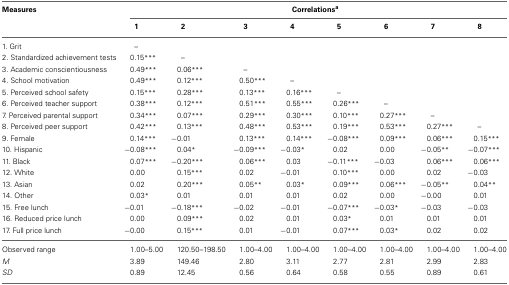
<table><thead><tr><td><b>Measures</b></td><td colspan="8"><b>Correlations<sup>a</sup></b></td></tr><tr><td></td><td><b>1</b></td><td><b>2</b></td><td><b>3</b></td><td><b>4</b></td><td><b>5</b></td><td><b>6</b></td><td><b>7</b></td><td><b>8</b></td></tr></thead><tbody><tr><td>1. Grit</td><td>–</td><td></td><td></td><td></td><td></td><td></td><td></td><td></td></tr><tr><td>2. Standardized achievement tests</td><td>0.15<sup>***</sup></td><td>–</td><td></td><td></td><td></td><td></td><td></td><td></td></tr><tr><td>3. Academic conscientiousness</td><td>0.49<sup>***</sup></td><td>0.06<sup>***</sup></td><td>–</td><td></td><td></td><td></td><td></td><td></td></tr><tr><td>4. School motivation</td><td>0.49<sup>***</sup></td><td>0.12<sup>***</sup></td><td>0.50<sup>***</sup></td><td>–</td><td></td><td></td><td></td><td></td></tr><tr><td>5. Perceived school safety</td><td>0.15<sup>***</sup></td><td>0.28<sup>***</sup></td><td>0.13<sup>***</sup></td><td>0.16<sup>***</sup></td><td>–</td><td></td><td></td><td></td></tr><tr><td>6. Perceived teacher support</td><td>0.38<sup>***</sup></td><td>0.12<sup>***</sup></td><td>0.51<sup>***</sup></td><td>0.55<sup>***</sup></td><td>0.26<sup>***</sup></td><td>–</td><td></td><td></td></tr><tr><td>7. Perceived parental support</td><td>0.34<sup>***</sup></td><td>0.07<sup>***</sup></td><td>0.29<sup>***</sup></td><td>0.30<sup>***</sup></td><td>0.10<sup>***</sup></td><td>0.27<sup>***</sup></td><td>–</td><td></td></tr><tr><td>8. Perceived peer support</td><td>0.42<sup>***</sup></td><td>0.13<sup>***</sup></td><td>0.48<sup>***</sup></td><td>0.53<sup>***</sup></td><td>0.19<sup>***</sup></td><td>0.53<sup>***</sup></td><td>0.27<sup>***</sup></td><td>–</td></tr><tr><td>9. Female</td><td>0.14<sup>***</sup></td><td>−0.01</td><td>0.13<sup>***</sup></td><td>0.14<sup>***</sup></td><td>−0.08<sup>***</sup></td><td>0.09<sup>***</sup></td><td>0.06<sup>***</sup></td><td>0.15<sup>***</sup></td></tr><tr><td>10. Hispanic</td><td>−0.08<sup>***</sup></td><td>0.04<sup>*</sup></td><td>−0.09<sup>***</sup></td><td>−0.03<sup>*</sup></td><td>0.02</td><td>0.00</td><td>−0.05<sup>**</sup></td><td>−0.07<sup>***</sup></td></tr><tr><td>11. Black</td><td>0.07<sup>***</sup></td><td>−0.20<sup>***</sup></td><td>0.06<sup>***</sup></td><td>0.03</td><td>−0.11<sup>***</sup></td><td>−0.03</td><td>0.06<sup>***</sup></td><td>0.06<sup>***</sup></td></tr><tr><td>12. White</td><td>0.00</td><td>0.15<sup>***</sup></td><td>0.02</td><td>−0.01</td><td>0.10<sup>***</sup></td><td>0.00</td><td>0.02</td><td>−0.03</td></tr><tr><td>13. Asian</td><td>0.02</td><td>0.20<sup>***</sup></td><td>0.05<sup>**</sup></td><td>0.03<sup>*</sup></td><td>0.09<sup>***</sup></td><td>0.06<sup>***</sup></td><td>−0.05<sup>**</sup></td><td>0.04<sup>**</sup></td></tr><tr><td>14. Other</td><td>0.03<sup>*</sup></td><td>0.01</td><td>0.01</td><td>0.01</td><td>0.02</td><td>0.00</td><td>−0.00</td><td>0.01</td></tr><tr><td>15. Free lunch</td><td>−0.01</td><td>−0.18<sup>***</sup></td><td>−0.02</td><td>−0.01</td><td>−0.07<sup>***</sup></td><td>−0.03<sup>*</sup></td><td>−0.03</td><td>−0.03</td></tr><tr><td>16. Reduced price lunch</td><td>0.00</td><td>0.09<sup>***</sup></td><td>0.02</td><td>0.01</td><td>0.03<sup>*</sup></td><td>0.01</td><td>0.01</td><td>0.01</td></tr><tr><td>17. Full price lunch</td><td>−0.00</td><td>0.15<sup>***</sup></td><td>0.01</td><td>−0.01</td><td>0.07<sup>***</sup></td><td>0.03<sup>*</sup></td><td>0.02</td><td>0.02</td></tr><tr><td>Observed range</td><td>1.00–5.00</td><td>120.50–198.50</td><td>1.00–4.00</td><td>1.00–4.00</td><td>1.00–4.00</td><td>1.00–4.00</td><td>1.00–4.00</td><td>1.00–4.00</td></tr><tr><td><i>M</i></td><td>3.89</td><td>149.46</td><td>2.80</td><td>3.11</td><td>2.77</td><td>2.81</td><td>2.99</td><td>2.83</td></tr><tr><td><i>SD</i></td><td>0.89</td><td>12.45</td><td>0.56</td><td>0.64</td><td>0.58</td><td>0.55</td><td>0.89</td><td>0.61</td></tr></tbody></table>